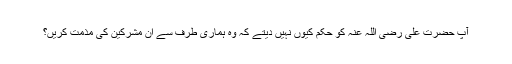
آپ حضرت علی رضی اللہ عنہ کو حکم کیوں نہیں دیتے کہ وہ ہماری طرف سے ان مشرکین کی مذمت کریں؟